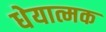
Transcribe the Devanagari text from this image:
धेयात्मक